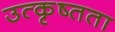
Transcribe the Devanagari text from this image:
उत्कृष्तता